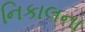
નિકાલના